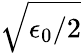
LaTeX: \sqrt{\epsilon_{0}/2}